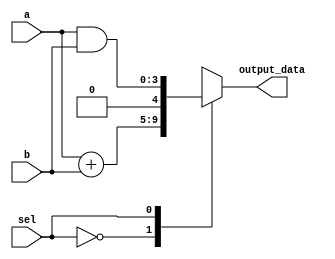
module combinational_logic(
    input wire [3:0] a,          // 4-bit input a
    input wire [3:0] b,          // 4-bit input b
    input wire sel,              // Select input for operations
    output reg [4:0] output_data // 5-bit output
);

    // Combinational logic block
    always @(*) begin
        case (sel)
            1'b0: output_data = a + b;      // Addition when sel is 0
            1'b1: output_data = a & b;      // Bitwise AND when sel is 1
            default: output_data = 5'b00000; // Default case
        endcase
    end

endmodule